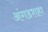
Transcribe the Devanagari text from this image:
अंगडशहा